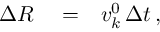
\begin{array} { r l r } { \Delta R } & { { } = } & { v _ { k } ^ { 0 } \, \Delta t \, , } \end{array}